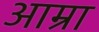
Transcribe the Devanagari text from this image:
आम्रा